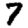
Digit: 7